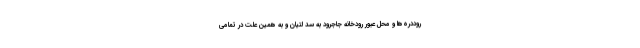
روددره‌ها و محل عبور رودخانه جاجرود به سد لتیان و به همین علت در تمامی